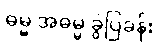
ဓမ္မ အဓမ္မ ခွဲပြခန်း